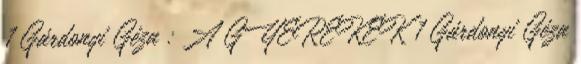
1 Gárdonyi Géza : A GYEREKEK 1 Gárdonyi Géza